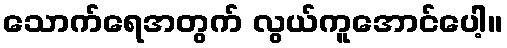
သောက်ရေအတွက် လွယ်ကူအောင်ပေါ့။